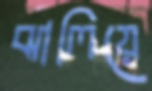
ঝালিয়ে